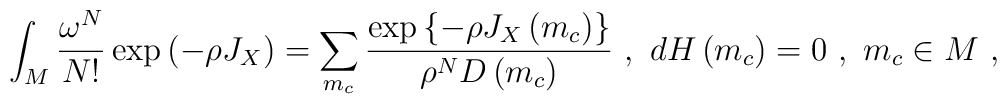
\int_M{\omega^N\over N!}\exp\left(-\rho J_X\right)=\sum_{m_c}{\exp\left\{-\rho J_X\left( m_c\right)\right\}\over\rho^ND\left( m_c\right)}\ ,\ dH\left( m_c\right)=0\ ,\ m_c\in M\ ,